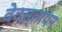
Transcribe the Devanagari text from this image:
वेवस्तापन